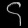
Digit: ၄